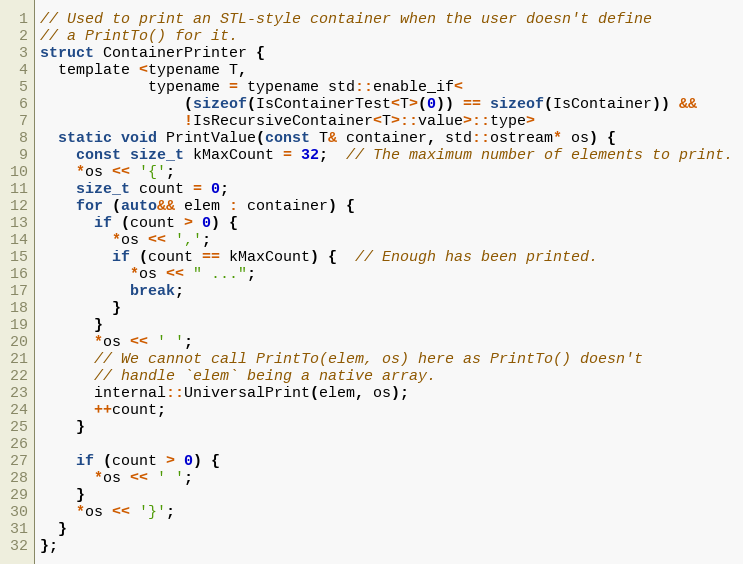
Language: C
// Used to print an STL-style container when the user doesn't define
// a PrintTo() for it.
struct ContainerPrinter {
  template <typename T,
            typename = typename std::enable_if<
                (sizeof(IsContainerTest<T>(0)) == sizeof(IsContainer)) &&
                !IsRecursiveContainer<T>::value>::type>
  static void PrintValue(const T& container, std::ostream* os) {
    const size_t kMaxCount = 32;  // The maximum number of elements to print.
    *os << '{';
    size_t count = 0;
    for (auto&& elem : container) {
      if (count > 0) {
        *os << ',';
        if (count == kMaxCount) {  // Enough has been printed.
          *os << " ...";
          break;
        }
      }
      *os << ' ';
      // We cannot call PrintTo(elem, os) here as PrintTo() doesn't
      // handle `elem` being a native array.
      internal::UniversalPrint(elem, os);
      ++count;
    }

    if (count > 0) {
      *os << ' ';
    }
    *os << '}';
  }
};